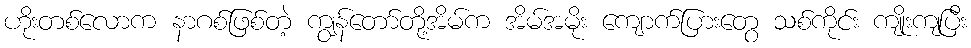
ဟိုးတစ်လောက နာဂစ်ဖြစ်တဲ့ ကျွန်တော်တို့အိမ်က အိမ်အမိုး ကျောက်ပြားတွေ သစ်ကိုင်း ကျိုးကျပြီး